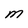
Character: M